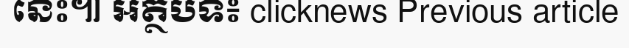
នេះ៕ អត្ថបទ៖ clicknews Previous article